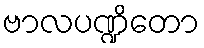
ဗာလပဏ္ဍိတော